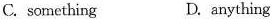
C. something D. anything